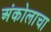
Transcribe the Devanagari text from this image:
अंकोलाचा